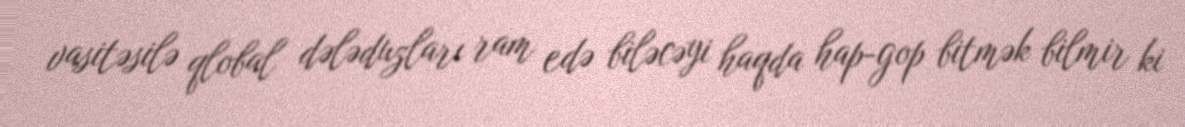
vasitəsilə qlobal dələduzları ram edə biləcəyi haqda hap-gop bitmək bilmir ki